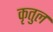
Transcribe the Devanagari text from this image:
कृतुल